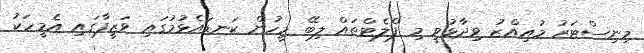
މިނިސްޓަރު މުއިއްޒު ވިދާޅުވީ މި ފްލެޓްތައް ލިބޭ މީހުން ކަނޑައެޅުމުގައި ވަޒީފާގައި އެމީހަކު